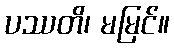
ပဿတိ၊ မမြင်။